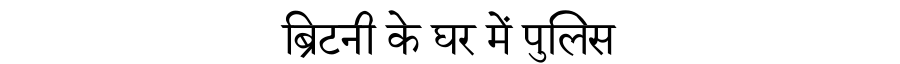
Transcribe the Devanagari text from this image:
ब्रिटनी के घर में पुलिस